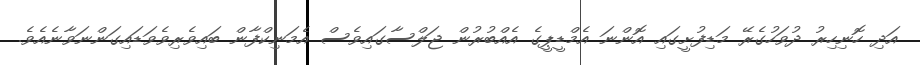
އަދި ހޮނިހިރު ދުވަހުގެރޭ މަޑިފުށީގައި އޮންނަ އެމްޑީޕީގެ އެއްބުރުން ޖަލްސާގައިވެސް އެމަނިކްފާން ބައިވެރިވެވަޑައިގަންނަވާނެއެވެ.